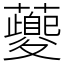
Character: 𧃰